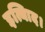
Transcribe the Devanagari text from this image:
इत्यािद।